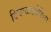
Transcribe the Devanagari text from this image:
दिवाळखोरिला